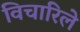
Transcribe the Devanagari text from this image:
विचारिले